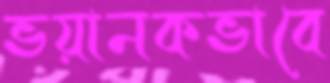
ভয়ানকভাবে